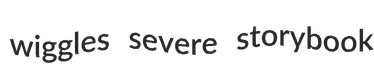
wiggles severe storybook